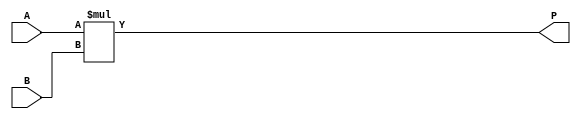
module ParameterizedMultiplier #(
    parameter WIDTH_A = 8,        // Width of input A
    parameter WIDTH_B = 8         // Width of input B
) (
    input  wire [WIDTH_A-1:0] A,  // Input operand A
    input  wire [WIDTH_B-1:0] B,  // Input operand B
    output wire [WIDTH_A + WIDTH_B - 1:0] P // Product output
);

    // Behavioral description of multiplication
    assign P = A * B;

endmodule